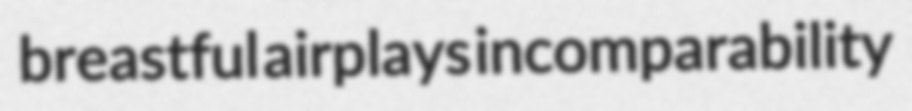
breastful airplays incomparability